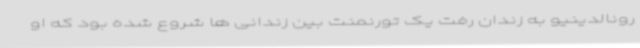
رونالدینیو به زندان رفت یک تورنمنت بین زندانی ها شروع شده بود که او